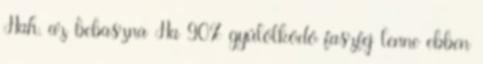
Hah, az bebaszna Ha 90% gyűlölködő faszfej lenne ebben